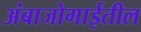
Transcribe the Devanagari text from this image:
अंबाजोगाईतील